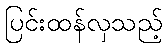
ပြင်းထန်လှသည့်